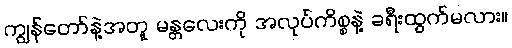
ကျွန်တော်နဲ့အတူ မန္တလေးကို အလုပ်ကိစ္စနဲ့ ခရီးထွက်မလား။